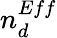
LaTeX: n_{d}^{Eff}